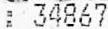
: 34867